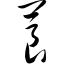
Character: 莨